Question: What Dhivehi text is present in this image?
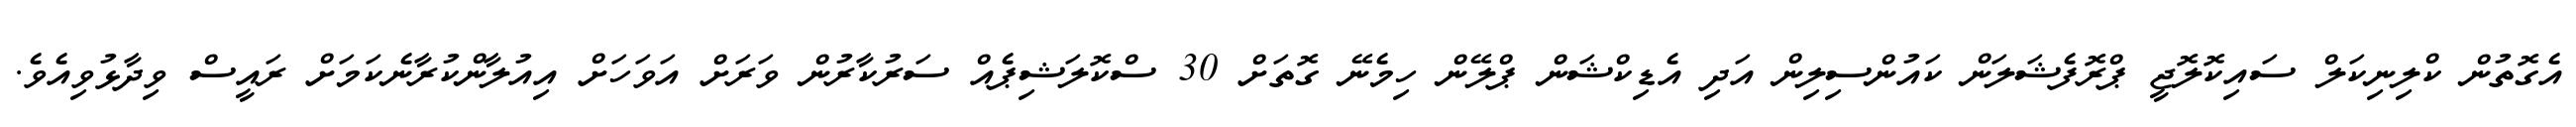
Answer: އެގޮތުން ކްލިނިކަލް ސައިކޮލޮޖީ ޕްރޮފެޝަލަން ކައުންސިލިން އަދި އެޑިކްޝަން ޕްލޭން ހިމެނޭ ގޮތަށް 30 ސްކޮލަޝިޕެއް ސަރުކާރުން ވަރަށް އަވަހަށް އިއުލާންކުރާނެކަމަށް ރައީސް ވިދާޅުވިއެވެ.